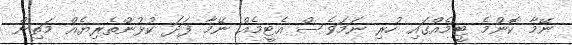
ނޭމާ ކޮންމެ ޓީމެއްގައި ހުރި ނަމަވެސް އެޓީމެއް ނޭމާ ފަދަ ކުޅުންތެރިޔެއް މަތިން